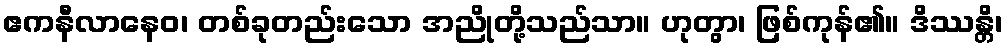
ဧကနီလာနေဝ၊ တစ်ခုတည်းသော အညိုတို့သည်သာ။ ဟုတွာ၊ ဖြစ်ကုန်၏။ ဒိဿန္တိ၊